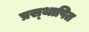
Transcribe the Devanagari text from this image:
प्रस्‍थापित